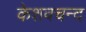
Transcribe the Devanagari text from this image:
केशवचन्द